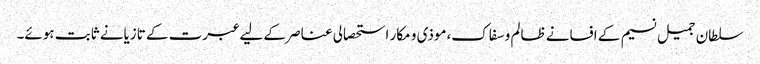
سلطان جمیل نسیم کے افسانے ظالم و سفاک،موذی و مکار استحصالی عناصر کے لیے عبرت کے تازیانے ثابت ہوئے۔